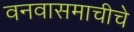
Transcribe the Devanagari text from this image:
वनवासमाचीचे